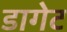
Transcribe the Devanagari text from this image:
डागेट